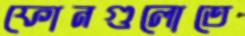
ফোনগুলোতে